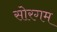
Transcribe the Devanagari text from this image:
सोरगम